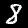
Digit: 8